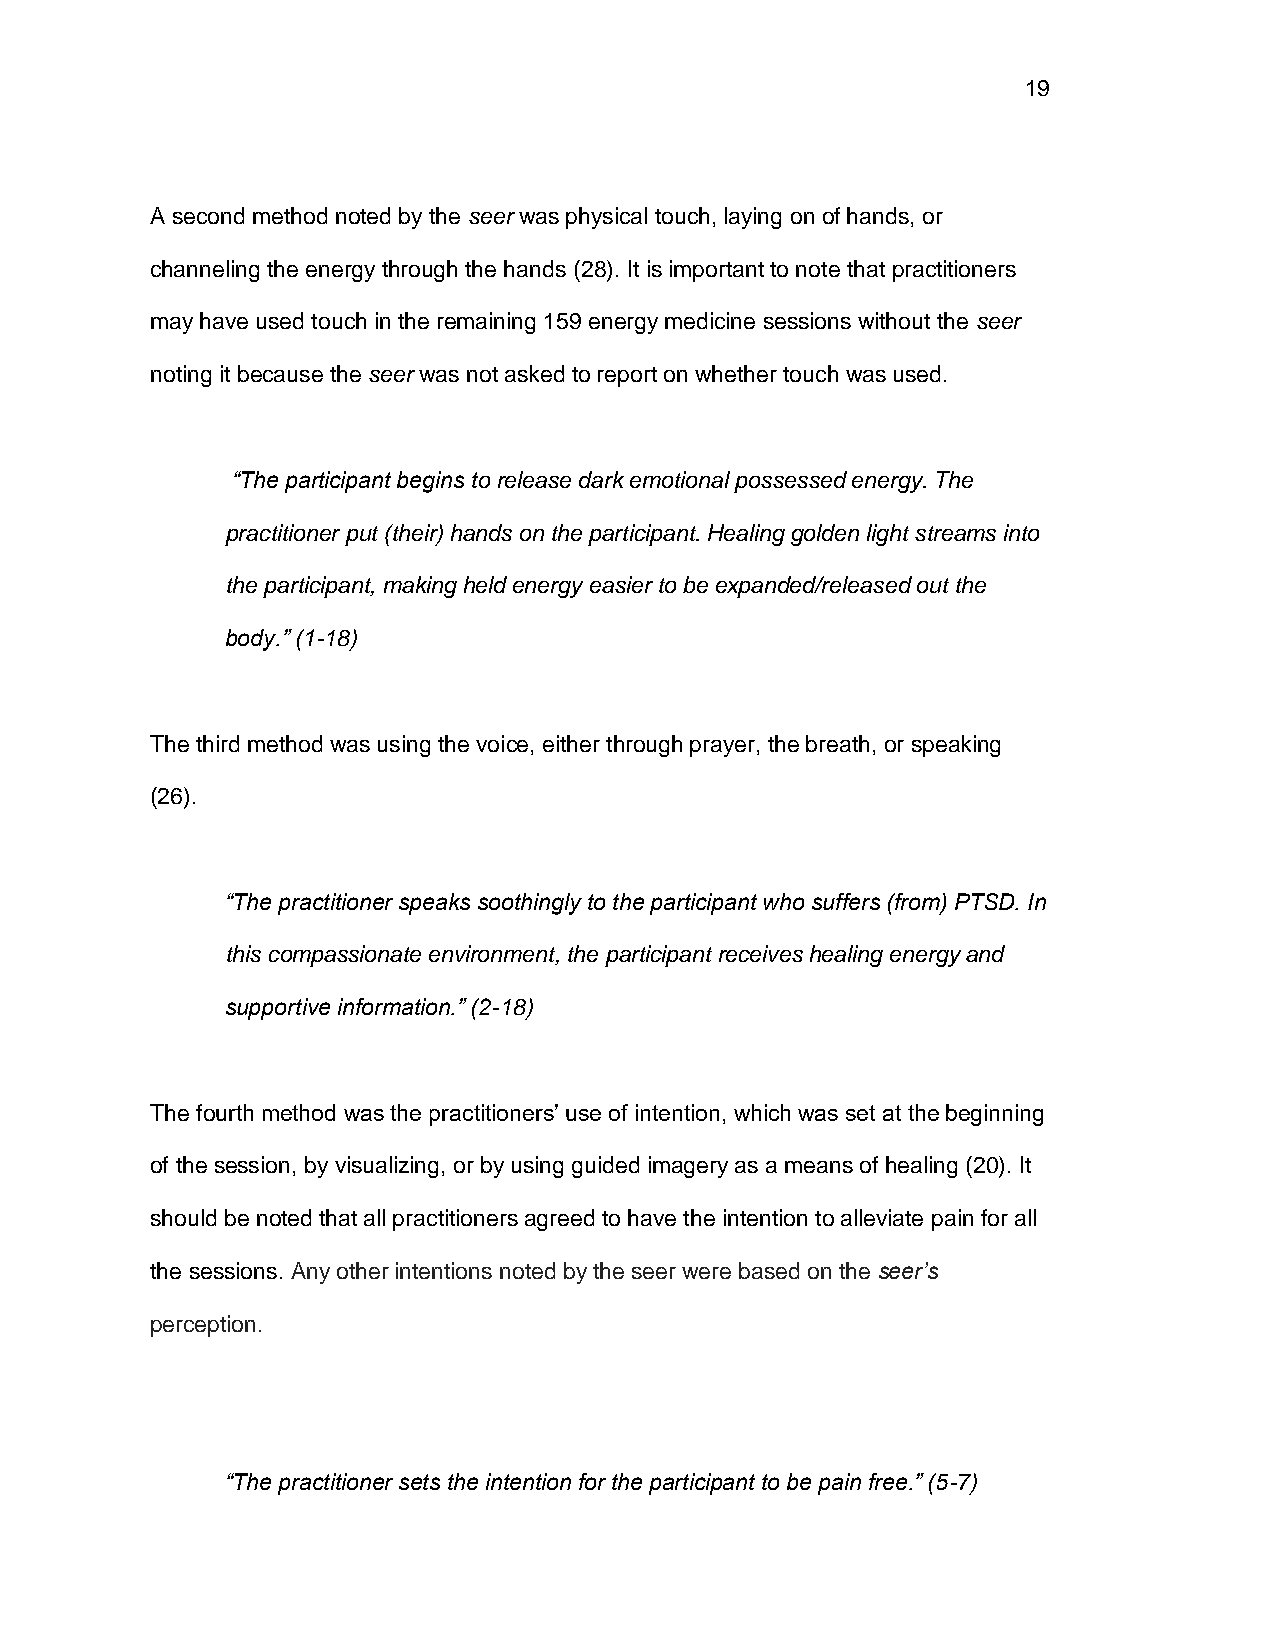
19
 A second method noted by the seer was physical touch, laying on of hands, or
 channeling the energy through the hands (28). It is important to note that practitioners
 may have used touch in the remaining 159 energy medicine sessions without the seer
 noting it because the seer was not asked to report on whether touch was used.
 “The participant begins to release dark emotional possessed energy. The
 practitioner put (their) hands on the participant. Healing golden light streams into
 the participant, making held energy easier to be expanded/released out the
 body.” (1-18)
 The third method was using the voice, either through prayer, the breath, or speaking
 (26).
 “The practitioner speaks soothingly to the participant who suffers (from) PTSD. In
 this compassionate environment, the participant receives healing energy and
 supportive information.” (2-18)
 The fourth method was the practitioners’ use of intention, which was set at the beginning
 of the session, by visualizing, or by using guided imagery as a means of healing (20). It
 should be noted that all practitioners agreed to have the intention to alleviate pain for all
 the sessions. Any other intentions noted by the seer were based on the seer’s
 perception.
 “The practitioner sets the intention for the participant to be pain free.” (5-7)